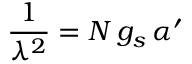
\frac { 1 } { \lambda ^ { 2 } } = N \, g _ { s } \, \alpha ^ { \prime }